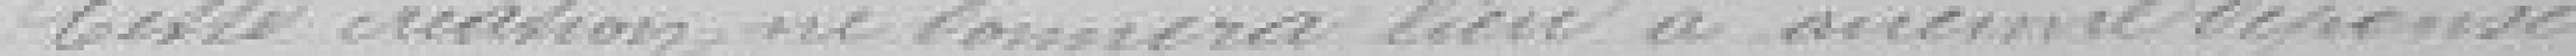
Cette création ne donnera lieu à aucune dépense